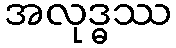
အလုဒ္ဓဿ